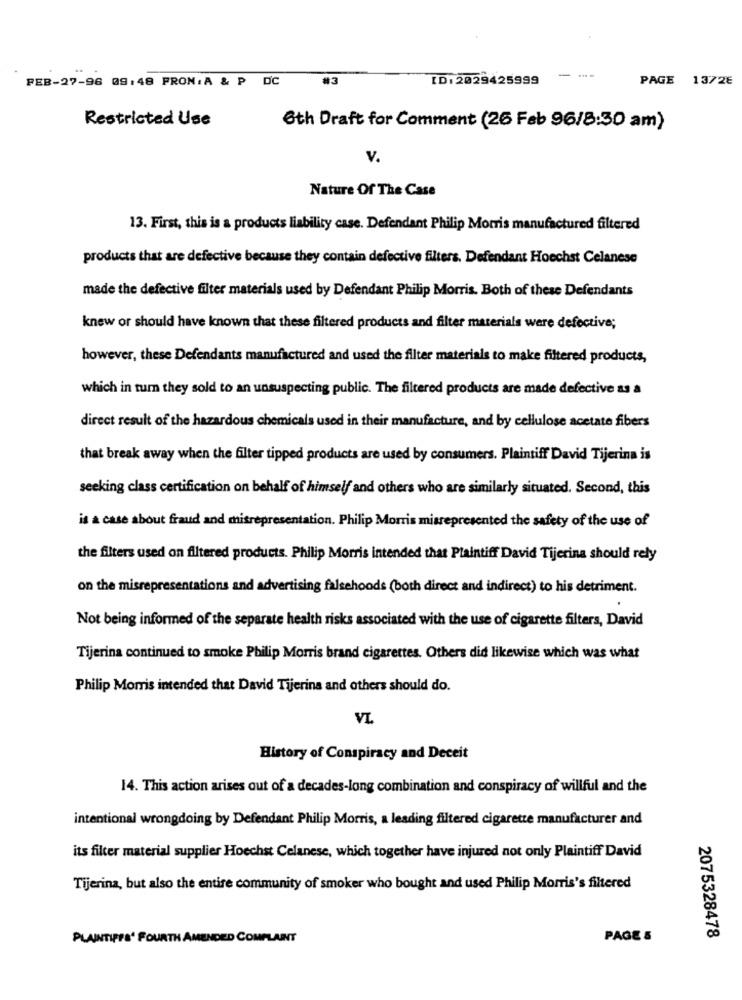
FEB-27-96 09:48 PRON: A & P DC
#3
ID: 2029425999
---
PAGE 1372E
Restricted Use
6th Draft for Comment (26 Feb 96/8:30 am)
v.
Nature Of The Case
13. First, this is a products liability case. Defendant Philip Morris manufactured filtered
products that are defective because they contain defective filters. Defendant Hoechst Celanese
made the defective filter materials used by Defendant Philip Morris. Both of these Defendants
knew or should have known that these filtered products and filter materials were defective;
however, these Defendants manufactured and used the filter materials to make filtered products,
which in turn they sold to an unsuspecting public. The filtered products are made defective as a
direct result of the hazardous chemicals used in their manufacture, and by cellulose acetate fibers
that break away when the filter tipped products are used by consumers. Plaintiff David Tijerina is
seeking class certification on behalf of himself and others who are similarly situated. Second, this
is a case about fraud and misrepresentation. Philip Morris misrepresented the safety of the use of
the filters used on filtered products. Philip Morris intended that Plaintiff David Tijerina should rely
on the misrepresentations and advertising falsehoods (both direct and indirect) to his detriment.
Not being informed of the separate health risks associated with the use of cigarette filters, David
Tijerina continued to smoke Philip Morris brand cigarettes. Others did likewise which was what
Philip Morris intended that David Tijerina and others should do.
VI
History of Conspiracy and Deceit
14. This action arises out of a decades-long combination and conspiracy of willful and the
intentional wrongdoing by Defendant Philip Morris, a leading filtered cigarette manufacturer and
its filter material supplier Hoechst Celanese, which together have injured not only Plaintiff David
Tijerina, but also the entire community of smoker who bought and used Philip Morris's filtered
PLAINTIFFS' FOURTH AMENDED COMPLAINT
PAGE 5
2075328478